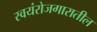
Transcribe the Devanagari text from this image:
स्वयंरोजगारातील